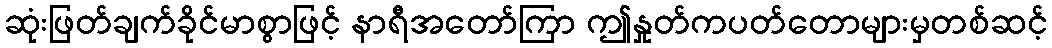
ဆုံးဖြတ်ချက်ခိုင်မာစွာဖြင့် နာရီအတော်ကြာ ဤနှုတ်ကပတ်တောများမှတစ်ဆင့်